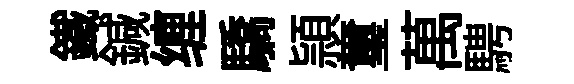
鐵鍼缠驕頴璽萬騁